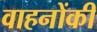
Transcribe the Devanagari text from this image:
वाहनोंकी